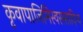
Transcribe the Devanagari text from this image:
कृवापाजिमिस्वससादिभ्य